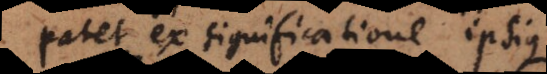
patet ex significatione ipsius